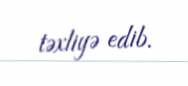
təxliyə edib.